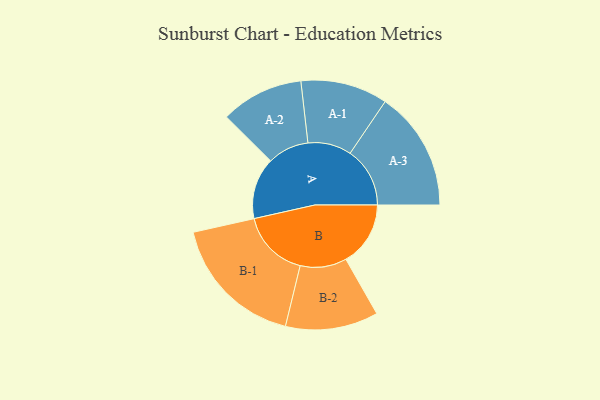
{"axis": {"x": "Segment", "y": "Value"}, "legend": ["", "A", "B"], "data": [{"x": "A", "y": 257, "type": ""}, {"x": "B", "y": 270, "type": ""}, {"x": "A-1", "y": 182, "type": "A"}, {"x": "A-2", "y": 173, "type": "A"}, {"x": "A-3", "y": 250, "type": "A"}, {"x": "B-1", "y": 285, "type": "B"}, {"x": "B-2", "y": 194, "type": "B"}]}